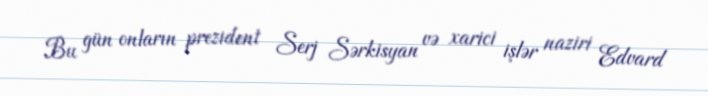
Bu gün onların prezident Serj Sərkisyan və xarici işlər naziri Edvard